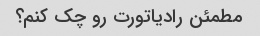
مطمئن رادیاتورت رو چک کنم؟